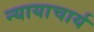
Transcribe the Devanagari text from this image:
न्यायाचार्य